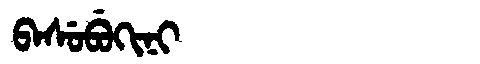
Manchu: ᠪᠠᠰᡠᠪᡠᡴᡳᠨᡳ
Romanization: BASUBUKINI